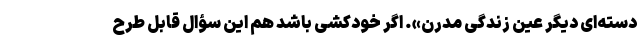
دسته‌ای دیگر عین زندگی مدرن‌». اگر خودکشی باشد هم این سؤال قابل طرح